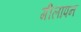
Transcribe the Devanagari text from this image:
गीलापन